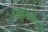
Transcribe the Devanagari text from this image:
सिलिक्वा